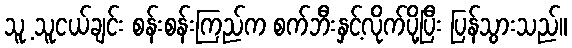
သူ့ သူငယ်ချင်း စန်းစန်းကြည်က စက်ဘီးနှင့်လိုက်ပို့ပြီး ပြန်သွားသည်။